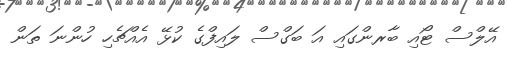
އޭލްސް ޓޯއި ބާރންގައި އަ ބަގްސް ލައިފްގެ ކުޅޭ އެއްޗެހި ހުންނަ ތަން